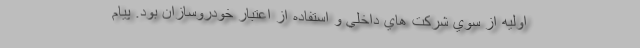
اوليه از سوي شركت هاي داخلي و استفاده از اعتبار خودروسازان بود. پیام